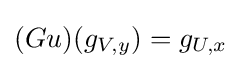
(Gu)(g_{V,y})=g_{U,x}